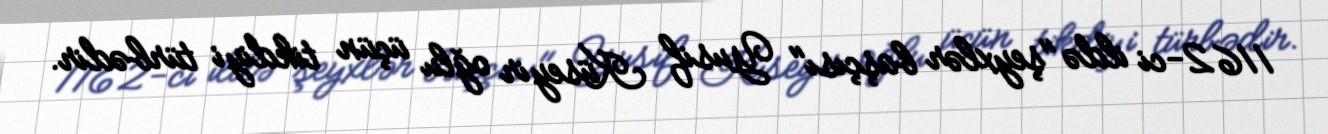
1162-ci ildə "şeyxlər başçısı" Yusif Küseyir oğlu üçün tikdiyi türbədir.